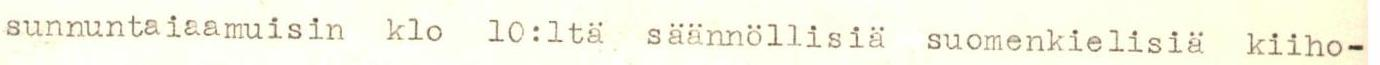
sunnuntaiaamuisin klo 10:lta, säännöllisiä suomenkielisiä kiiho-